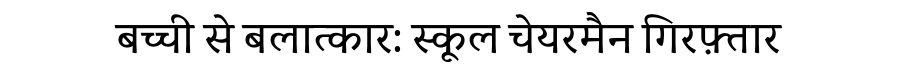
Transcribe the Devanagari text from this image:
बच्ची से बलात्कार: स्कूल चेयरमैन गिरफ़्तार